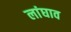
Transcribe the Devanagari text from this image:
लांघाव